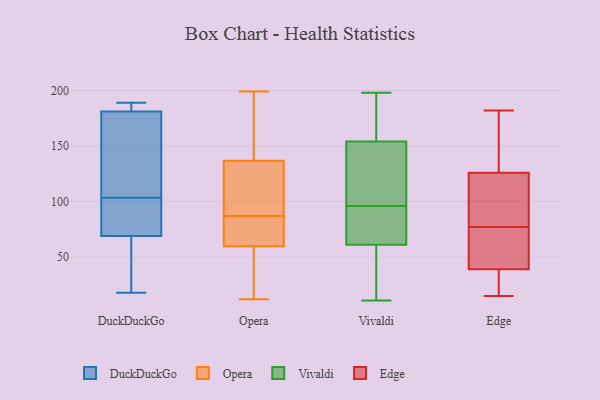
{"axis": {"x": "LTV (USD)", "y": "Value"}, "legend": ["DuckDuckGo", "Edge", "Opera", "Vivaldi"], "data": [{"x": "", "y": 187, "type": "DuckDuckGo"}, {"x": "", "y": 18, "type": "DuckDuckGo"}, {"x": "", "y": 82, "type": "DuckDuckGo"}, {"x": "", "y": 189, "type": "DuckDuckGo"}, {"x": "", "y": 81, "type": "DuckDuckGo"}, {"x": "", "y": 126, "type": "DuckDuckGo"}, {"x": "", "y": 117, "type": "DuckDuckGo"}, {"x": "", "y": 78, "type": "DuckDuckGo"}, {"x": "", "y": 166, "type": "DuckDuckGo"}, {"x": "", "y": 90, "type": "DuckDuckGo"}, {"x": "", "y": 66, "type": "DuckDuckGo"}, {"x": "", "y": 183, "type": "DuckDuckGo"}, {"x": "", "y": 187, "type": "DuckDuckGo"}, {"x": "", "y": 69, "type": "DuckDuckGo"}, {"x": "", "y": 54, "type": "DuckDuckGo"}, {"x": "", "y": 181, "type": "DuckDuckGo"}, {"x": "", "y": 133, "type": "DuckDuckGo"}, {"x": "", "y": 48, "type": "DuckDuckGo"}, {"x": "", "y": 65, "type": "Opera"}, {"x": "", "y": 105, "type": "Opera"}, {"x": "", "y": 29, "type": "Opera"}, {"x": "", "y": 178, "type": "Opera"}, {"x": "", "y": 199, "type": "Opera"}, {"x": "", "y": 12, "type": "Opera"}, {"x": "", "y": 70, "type": "Opera"}, {"x": "", "y": 95, "type": "Opera"}, {"x": "", "y": 189, "type": "Opera"}, {"x": "", "y": 87, "type": "Opera"}, {"x": "", "y": 79, "type": "Opera"}, {"x": "", "y": 44, "type": "Opera"}, {"x": "", "y": 123, "type": "Opera"}, {"x": "", "y": 154, "type": "Vivaldi"}, {"x": "", "y": 163, "type": "Vivaldi"}, {"x": "", "y": 127, "type": "Vivaldi"}, {"x": "", "y": 106, "type": "Vivaldi"}, {"x": "", "y": 198, "type": "Vivaldi"}, {"x": "", "y": 91, "type": "Vivaldi"}, {"x": "", "y": 61, "type": "Vivaldi"}, {"x": "", "y": 11, "type": "Vivaldi"}, {"x": "", "y": 77, "type": "Vivaldi"}, {"x": "", "y": 68, "type": "Vivaldi"}, {"x": "", "y": 96, "type": "Vivaldi"}, {"x": "", "y": 104, "type": "Vivaldi"}, {"x": "", "y": 169, "type": "Vivaldi"}, {"x": "", "y": 96, "type": "Vivaldi"}, {"x": "", "y": 52, "type": "Vivaldi"}, {"x": "", "y": 21, "type": "Vivaldi"}, {"x": "", "y": 177, "type": "Vivaldi"}, {"x": "", "y": 36, "type": "Vivaldi"}, {"x": "", "y": 111, "type": "Edge"}, {"x": "", "y": 182, "type": "Edge"}, {"x": "", "y": 97, "type": "Edge"}, {"x": "", "y": 64, "type": "Edge"}, {"x": "", "y": 87, "type": "Edge"}, {"x": "", "y": 84, "type": "Edge"}, {"x": "", "y": 15, "type": "Edge"}, {"x": "", "y": 180, "type": "Edge"}, {"x": "", "y": 141, "type": "Edge"}, {"x": "", "y": 41, "type": "Edge"}, {"x": "", "y": 31, "type": "Edge"}, {"x": "", "y": 87, "type": "Edge"}, {"x": "", "y": 62, "type": "Edge"}, {"x": "", "y": 29, "type": "Edge"}, {"x": "", "y": 37, "type": "Edge"}, {"x": "", "y": 171, "type": "Edge"}, {"x": "", "y": 55, "type": "Edge"}, {"x": "", "y": 25, "type": "Edge"}, {"x": "", "y": 174, "type": "Edge"}, {"x": "", "y": 70, "type": "Edge"}]}